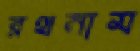
রথনাম